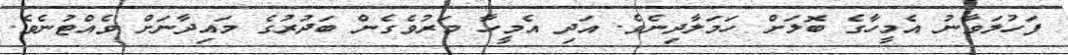
ފަހުލަވާނު އެމީހާގެ ބޮލަށް ހަމަލާދިނެވެ. އަދި އެމީހާ މަރުވެގެން ބަދުރުގެ މައިދާނަށް ވެއްޓުނެވެ.